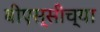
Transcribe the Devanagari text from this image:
बीएस्‌सीच्या